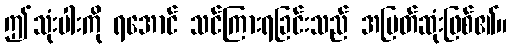
ဤသုံးပါးကို ရအောင် သင်ကြားရခြင်းသည် အမြတ်ဆုံးဖြစ်၏။